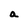
Character: a